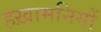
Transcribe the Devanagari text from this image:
हख़ामनियों